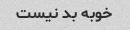
خوبه بد نیست